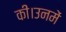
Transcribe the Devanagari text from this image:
की।उनमें